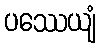
ပဿေယျံ